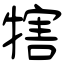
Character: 犗